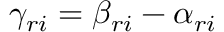
\gamma _ { r i } = \beta _ { r i } - \alpha _ { r i }